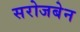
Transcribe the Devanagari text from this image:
सरोजबेन